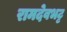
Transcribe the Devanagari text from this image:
रामदेवभट्ट